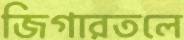
জিগারতলে